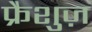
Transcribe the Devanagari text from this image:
फ्रैशुज़